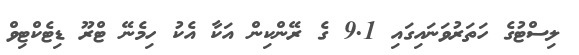
ލިސްޓުގެ ހަތަރުވަނައިގައި 9.1 ގެ ރޭންކިން އަކާ އެކު ހިމެނޭ ޓްރޫ ޑިޓެކްޓިވް